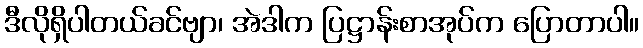
ဒီလိုရှိပါတယ်ခင်ဗျာ၊ အဲဒါက ပြဋ္ဌာန်းစာအုပ်က ပြောတာပါ။